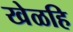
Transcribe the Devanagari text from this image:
खेळहि